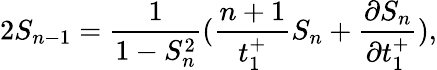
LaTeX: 2S_{n-1}=\frac{1}{1-S_{n}^{2}}(\frac{n+1}{t_{1}^{+}}S_{n}+\frac{\partial S_{n}}{\partial t_{1}^{+}}),